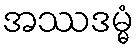
အဿဒမ္မံ